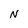
Character: N